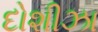
દોશીઝા